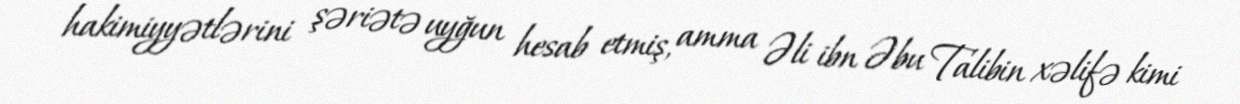
hakimiyyətlərini şəriətə uyğun hesab etmiş, amma Əli ibn Əbu Talibin xəlifə kimi